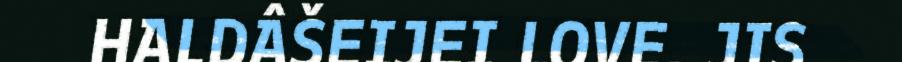
HALDÂŠEIJEI LOVE. JIS